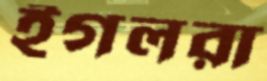
ইগলরা